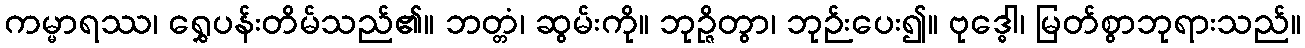
ကမ္မာရဿ၊ ရွှေပန်းတိမ်သည်၏။ ဘတ္တံ၊ ဆွမ်းကို။ ဘုဉ္ဇိတွာ၊ ဘုဉ်းပေး၍။ ဗုဒ္ဓေါ၊ မြတ်စွာဘုရားသည်။